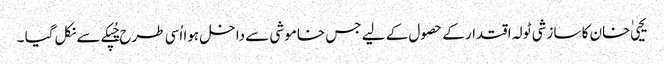
یحیی ٰ خان کا سازشی ٹولہ اقتدار کے حصول کے لیے جس خاموشی سے داخل ہوا اُسی طرح چُپکے سے نکل گیا ۔